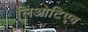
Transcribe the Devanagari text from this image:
लिओटिएव